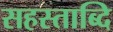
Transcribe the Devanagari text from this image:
सहस्ताब्दि